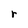
Character: r